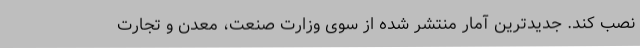
نصب کند. جدیدترین آمار منتشر شده از سوی وزارت صنعت، ‌معدن و تجارت